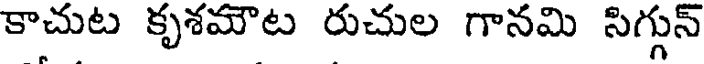
కాచుట కృశమౌట రుచుల గానమి సిగ్గున్